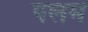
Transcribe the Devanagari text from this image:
पलम